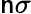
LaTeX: \mathsf{n}\sigma